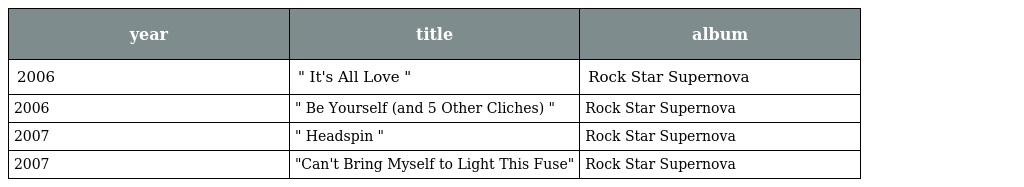
| year | title | album |
 | --- | --- | --- |
 | 2006 | " It's All Love " | Rock Star Supernova |
 | 2006 | " Be Yourself (and 5 Other Cliches) " | Rock Star Supernova |
 | 2007 | " Headspin " | Rock Star Supernova |
 | 2007 | "Can't Bring Myself to Light This Fuse" | Rock Star Supernova |